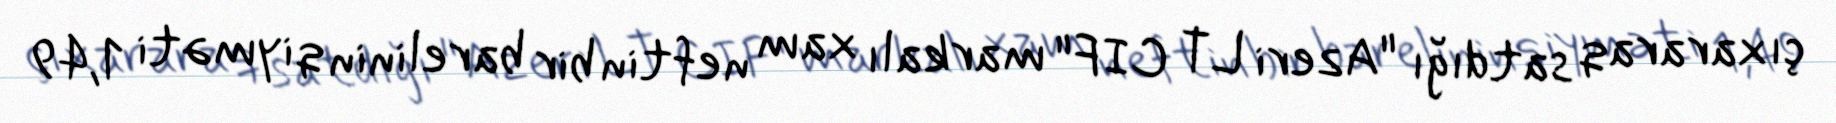
çıxararaq satdığı "Azeri LT CIF" markalı xam neftin bir barelinin qiyməti 1,49